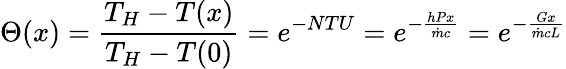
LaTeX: \Theta(x)={\frac{T_{H}-T(x)}{T_{H}-T(0)}}=e^{-NTU}=e^{-{\frac{hPx}{{\dot{m}}c}}}=e^{-{\frac{Gx}{{\dot{m}}cL}}}